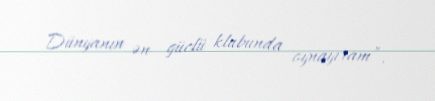
Dünyanın ən güclü klubunda oynayıram”.